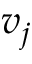
v _ { j }